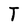
Character: T